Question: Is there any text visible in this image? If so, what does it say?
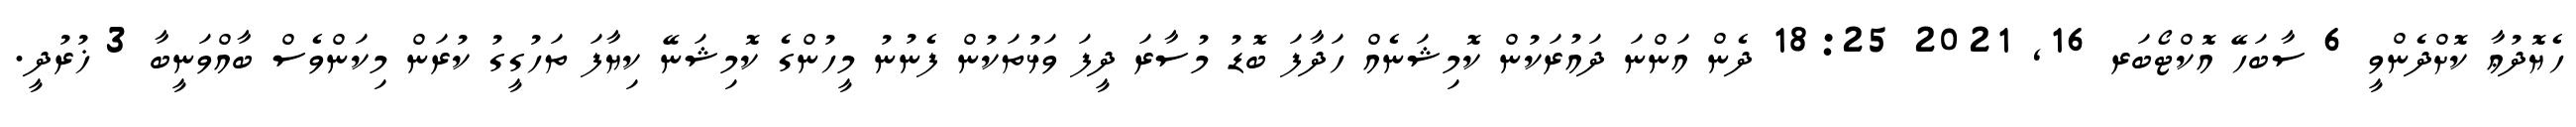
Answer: ހެޔޮދުޢާ ކޮށްދެންވީ 6 ސާބަހޭ އޮކްޓޯބަރ 16, 2021 18:25 ދެން އަންނަ ދައުރަކުން ކޮމިޝަނެއް ހަދާފަ ބޮޑު މުސާރަ ދީފަ ވަޅުތަކުން ފެނުނު މީހުންގެ ކޮމިޝަނޭ ކިޔާފަ ތަހުގީގު ކުރަން މިކަންވެސް ބާއްވަނީބާ 3 ޚުރުދީ.